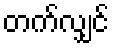
တက်လျှင်